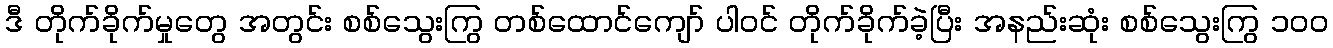
ဒီ တိုက်ခိုက်မှုတွေ အတွင်း စစ်သွေးကြွ တစ်ထောင်ကျော် ပါဝင် တိုက်ခိုက်ခဲ့ပြီး အနည်းဆုံး စစ်သွေးကြွ ၁၀၀